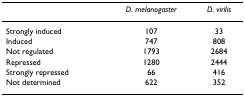
<table><thead><tr><td>[EMPTY_CELL]</td><td><b><i>D. melanogaster</i></b></td><td><b><i>D. virilis</i></b></td></tr></thead><tbody><tr><td>Strongly induced</td><td>107</td><td>33</td></tr><tr><td>Induced</td><td>747</td><td>808</td></tr><tr><td>Not regulated</td><td>1793</td><td>2684</td></tr><tr><td>Repressed</td><td>1280</td><td>2444</td></tr><tr><td>Strongly repressed</td><td>66</td><td>416</td></tr><tr><td>Not determined</td><td>622</td><td>352</td></tr></tbody></table>